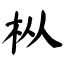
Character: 枞